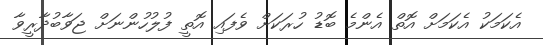
އެކަމަކު އެކަމަށް އޮތް އެންމެ ބޮޑު ހުރަކަށް ވެފައި އޮތީ ފުލުހުންނަށް ޖަވާބުދާރީވާ